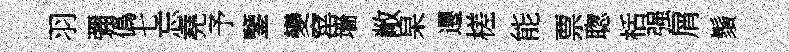
羽彌僞七忘堯予鑒變窰墻敞杲遷槎能票聦栝强屑鬚